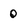
Character: 0